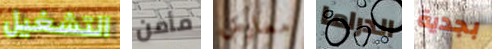
التشغيل مأمن معارض الدراما بجدية